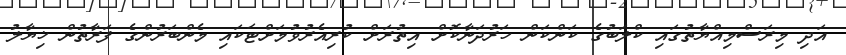
އަދި މިރަސްމިއްޔާތުގައި ކްލަބުގެ ކަންކަން ހަރުދަނާކޮށް އިތުރަށް ކުރިއެރުވުމަށްޓަކައި މެންބަރުންގެ ފަރާތުން ޚިޔާލު